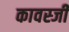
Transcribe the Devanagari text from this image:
कावस्जी